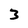
Character: 3